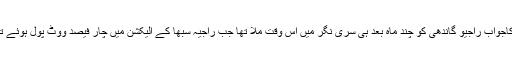
اس کاجواب راجیو گاندھی کو چند ماہ بعد ہی سری نگر میں اس وقت ملا تھا جب راجیہ سبھا کے الیکشن میں چار فیصد ووٹ پول ہوئے تھے۔